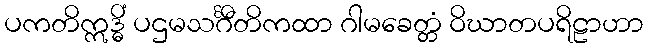
ပကတိဣဒ္ဓိံ ပဌမသင်္ဂီတိကထာ ဂါမခေတ္တံ ဝိဃာတပရိဠာဟာ